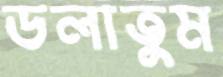
ডলাতুম